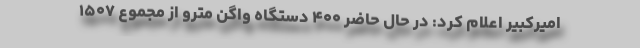
امیرکبیر اعلام کرد: در حال حاضر ۴۰۰ دستگاه واگن مترو از مجموع ۱۵۰۷